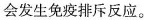
会发生免疫排斥反应。